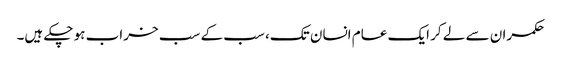
حکمران سے لے کر ایک عام انسان تک، سب کے سب خراب ہو چکے ہیں۔